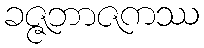
ခဇ္ဇဘာဇကဿ